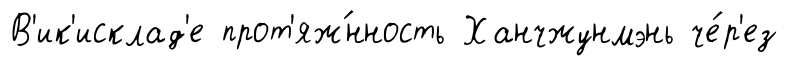
В'ик'исклад'е прот'яж́нность Ханчжунмэнь че́р'ез